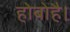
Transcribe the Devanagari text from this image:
होबोहै।